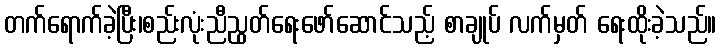
တက်ရောက်ခဲ့ပြီး၊စည်းလုံးညီညွတ်ရေးဖော်ဆောင်သည့် စာချုပ် လက်မှတ် ရေးထိုးခဲ့သည်။